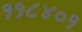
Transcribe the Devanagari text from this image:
११८४०१